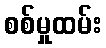
စစ်မှုထမ်း